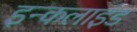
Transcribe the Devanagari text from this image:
इन्कलाइंड